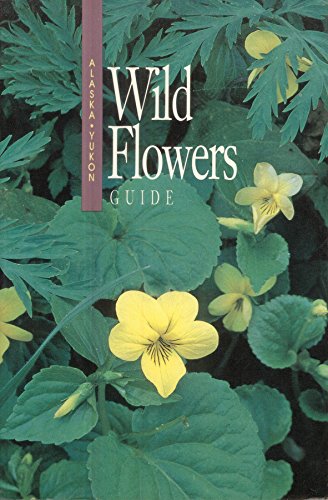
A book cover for The Alaska-Yukon Wild Flowers Guide; Sports & Outdoors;